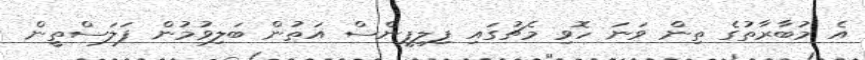
އެ މުބާރާތުގެ ތިން ވަނަ ހޮވި މެޗުގައި ފިލިޕީންސް އަތުން ބަލިވުމުން ފަލަސްތީން